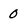
Character: 0